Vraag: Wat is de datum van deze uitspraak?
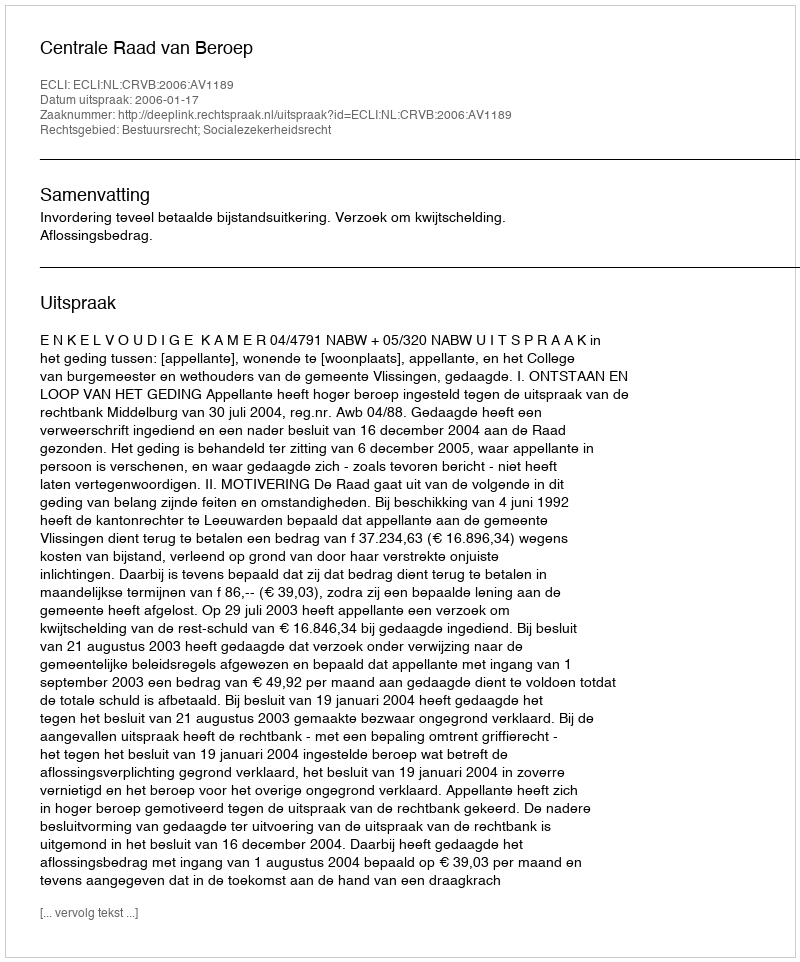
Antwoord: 2006-01-17